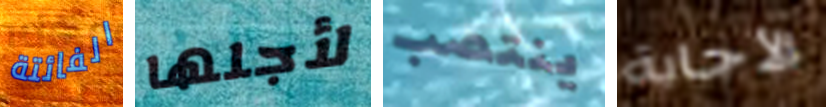
الفائتة لأجلها ينتصب الأجابة